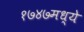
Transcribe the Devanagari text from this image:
१७४७मध्ये